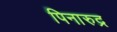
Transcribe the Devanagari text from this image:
पिनारुद्र